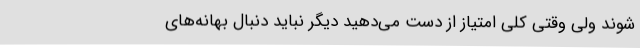
شوند ولی وقتی کلی امتیاز از دست می‌دهید دیگر نباید دنبال بهانه‌های